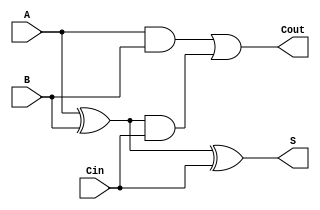
module CarryLookaheadFullAdder (
    input wire A,      // First input bit
    input wire B,      // Second input bit
    input wire Cin,    // Carry-in bit
    output wire S,     // Sum output
    output wire Cout   // Carry-out output
);

// Internal signals for Generate and Propagate
wire G; // Generate
wire P; // Propagate

// Generate and Propagate logic
assign G = A & B;      // G = A AND B
assign P = A ^ B;      // P = A XOR B

// Sum output
assign S = P ^ Cin;    // S = P XOR Cin

// Carry-out output
assign Cout = G | (P & Cin); // Cout = G OR (P AND Cin)

endmodule